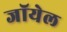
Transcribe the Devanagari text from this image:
जॉयेल